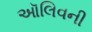
ઑલિવની